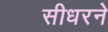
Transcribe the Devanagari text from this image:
सीधरने